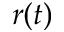
r ( t )